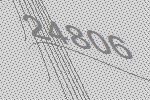
24806